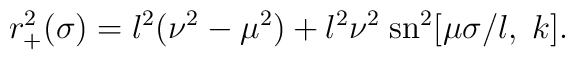
r_+^2(\sigma)=l^2(\nu^2-\mu^2)+l^2\nu^2\;\mbox{sn}^2[\mu \sigma/l,\;k].